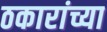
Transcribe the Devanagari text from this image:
ठकारांच्या